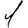
Digit: 1